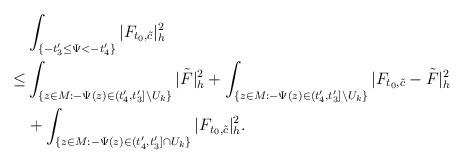
LaTeX: \begin{align*}&\int_{ \{-t'_3\le\Psi<-t'_4\}}|F_{t_0,\tilde{c}}|^2_h\\\le & \int_{\{z\in M:-\Psi(z)\in (t'_4,t'_3]\backslash U_k\}}|\tilde F|^2_h+\int_{\{z\in M:-\Psi(z)\in (t'_4,t'_3]\backslash U_k\}}|F_{t_0,\tilde{c}}-\tilde F|^2_h\\&+\int_{ \{z\in M: -\Psi(z)\in(t'_4,t'_3]\cap U_k\}}|F_{t_0,\tilde{c}}|^2_h.\end{align*}